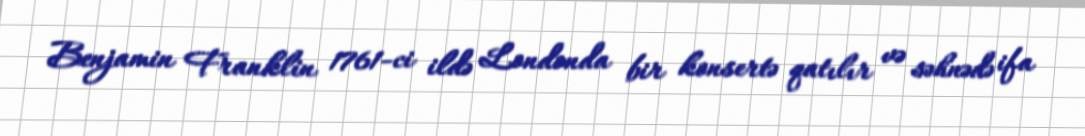
Benjamin Franklin 1761-ci ildə Londonda bir konsertə qatılır və səhnədə ifa